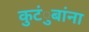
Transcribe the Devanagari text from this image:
कुटंुबांना